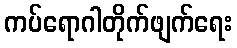
ကပ်ရောဂါတိုက်ဖျက်ရေး